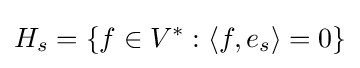
H_{s}=\{f\in V^{*}:\langle f,e_{s}\rangle =0\}